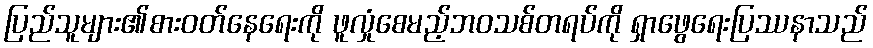
ပြည်သူများ၏စားဝတ်နေရေးကို ဖူလှုံစေမည့်ဘဝသစ်တရပ်ကို ရှာဖွေရေးပြဿနာသည်